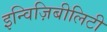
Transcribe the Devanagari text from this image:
इन्विज़िबीलिटी